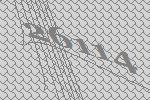
26114